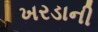
ખરડાની